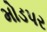
મોડપર